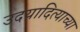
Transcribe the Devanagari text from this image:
उदयादित्याच्या